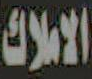
الاملاك